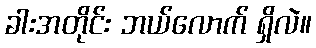
ခါးအတိုင်း ဘယ်လောက် ရှိလဲ။